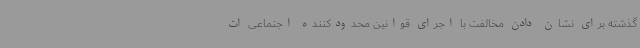
گذشته برای نشان دادن مخالفت با اجرای قوانین محدودکننده اجتماعی ات